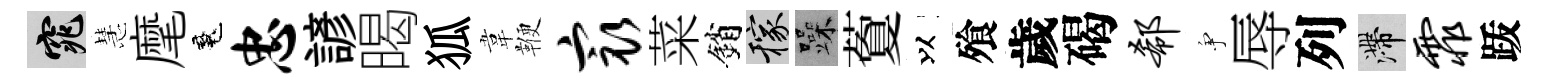
窕慧麾魂忠諺暍狐韋鞭最菜銷稼躁藑以飱歲碣欷争辱列滯霏䟦